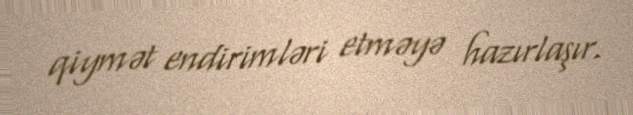
qiymət endirimləri etməyə hazırlaşır.